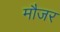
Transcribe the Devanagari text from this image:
मौजर